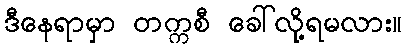
ဒီနေရာမှာ တက္ကစီ ခေါ်လို့ရမလား။